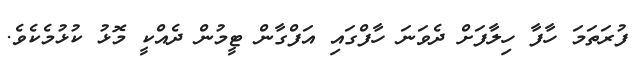
ފުރަތަމަ ހާފާ ހިލާފަށް ދެވަނަ ހާފްގައި އަފްގާން ޓީމުން ދެއްކީ މޮޅު ކުޅުމެކެވެ.